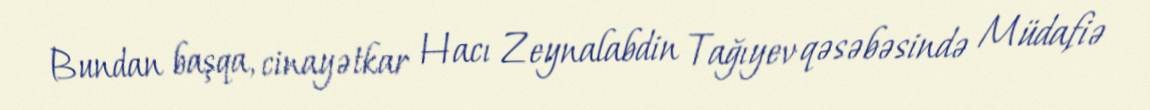
Bundan başqa, cinayətkar Hacı Zeynalabdin Tağıyev qəsəbəsində Müdafiə